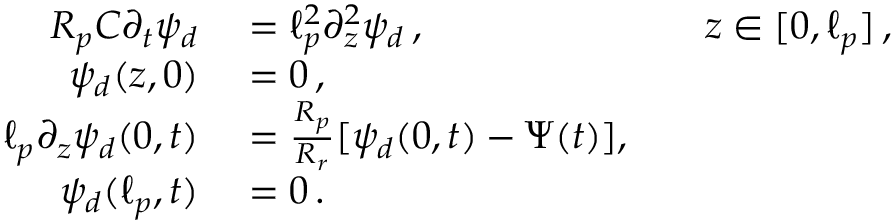
\begin{array} { r l r l } { R _ { p } C \partial _ { t } \psi _ { d } } & { { } = \ell _ { p } ^ { 2 } \partial _ { z } ^ { 2 } \psi _ { d } \, , } & { } & { { } z \in [ 0 , \ell _ { p } ] \, , } \\ { \psi _ { d } ( z , 0 ) } & { { } = 0 \, , } \\ { \ell _ { p } \partial _ { z } \psi _ { d } ( 0 , t ) } & { { } = \frac { R _ { p } } { R _ { r } } [ \psi _ { d } ( 0 , t ) - \Psi ( t ) ] , } \\ { \psi _ { d } ( \ell _ { p } , t ) } & { { } = 0 \, . } \end{array}